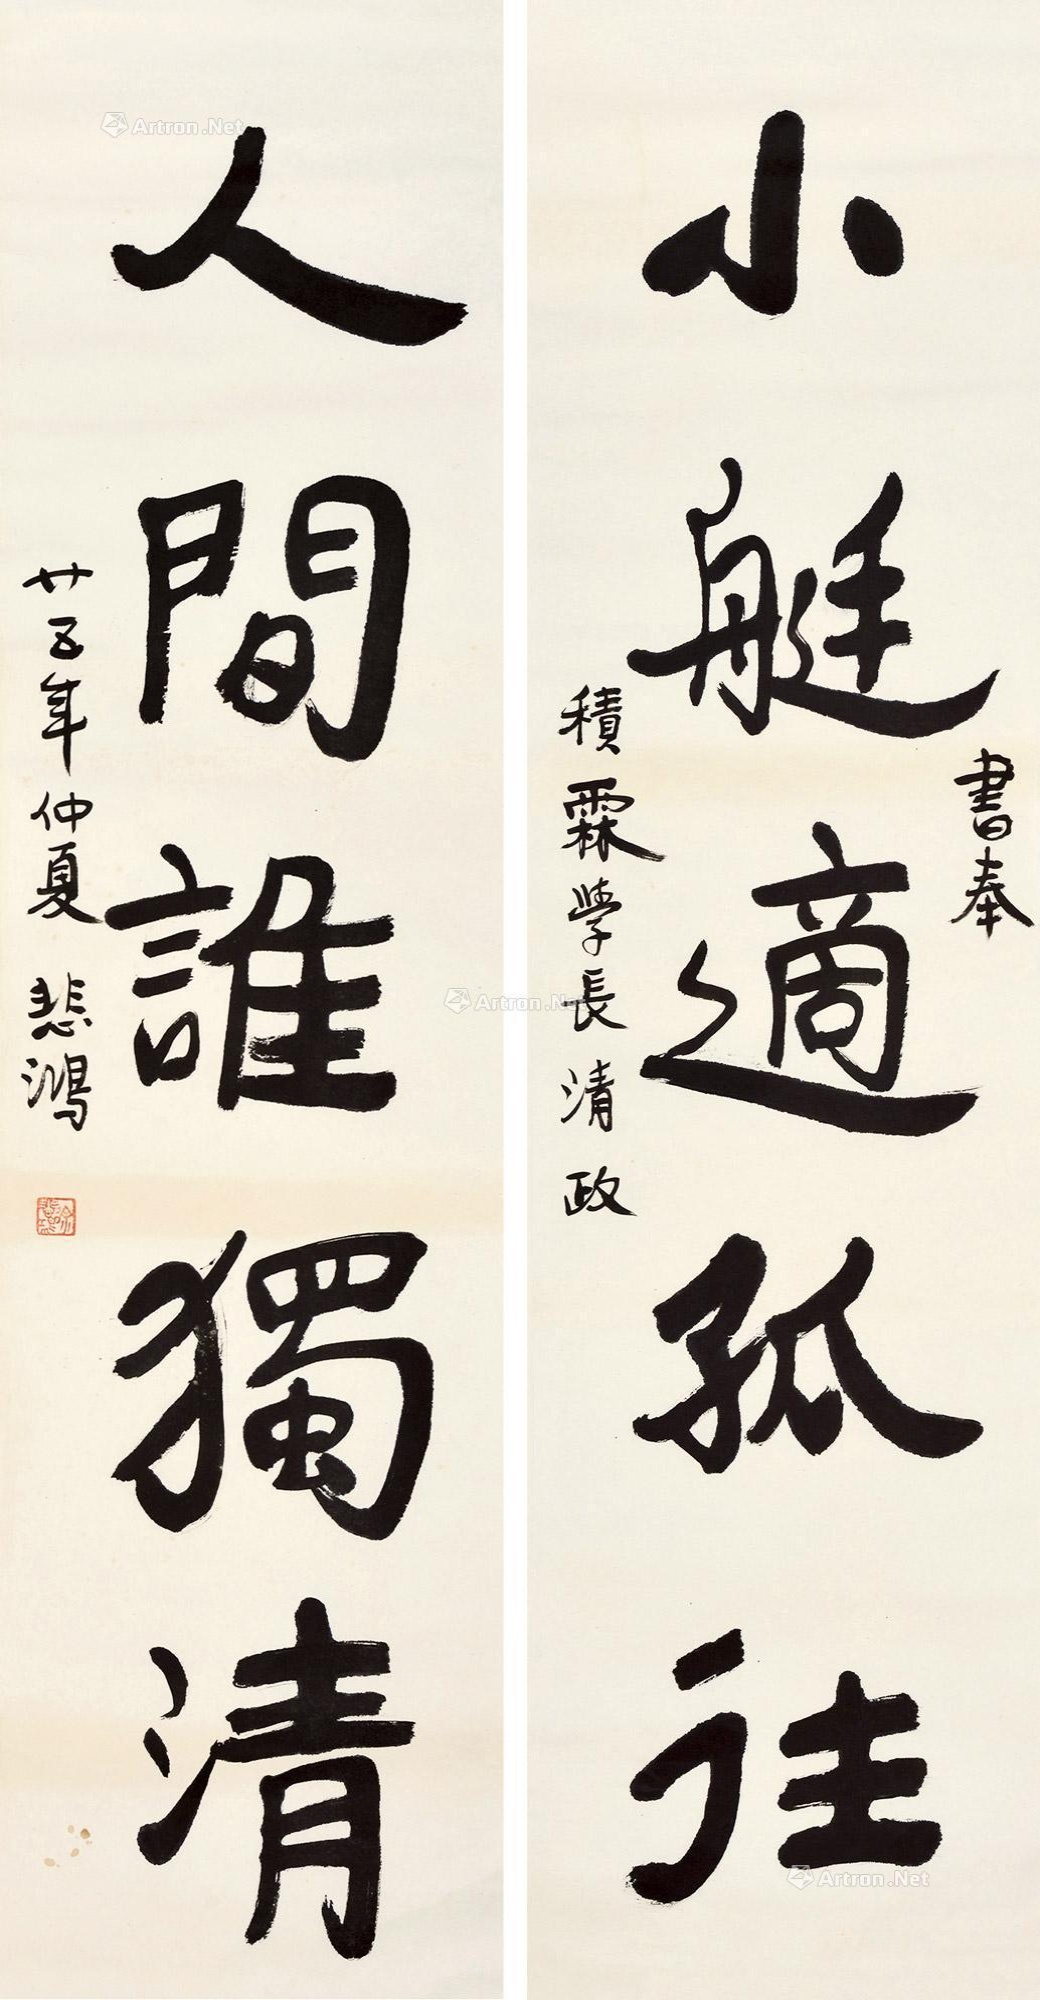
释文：小艇适孤往，人间谁独清。书奉积霖学长清政，廿五年仲夏，悲鸿。